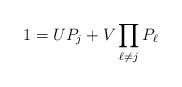
LaTeX: \begin{align*}1=UP_{j}+V\prod_{\ell\neq j}P_{\ell}\end{align*}